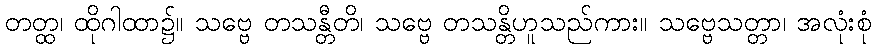
တတ္ထ၊ ထိုဂါထာ၌။ သဗ္ဗေ တသန္တီတိ၊ သဗ္ဗေ တသန္တိဟူသည်ကား။ သဗ္ဗေသတ္တာ၊ အလုံးစုံ